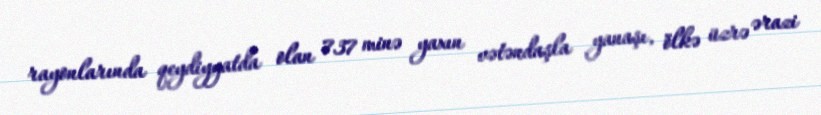
rayonlarında qeydiyyatda olan 737 minə yaxın vətəndaşla yanaşı, ölkə üzrə ərazi